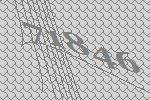
71846